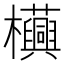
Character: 𧅦